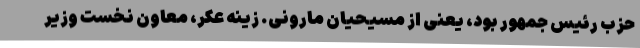
حزب رئیس جمهور بود، یعنی از مسیحیان مارونی. زینه عکر، معاون نخست وزیر